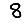
Digit: 8